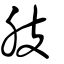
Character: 肢